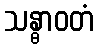
သန္ဓာဝတံ